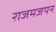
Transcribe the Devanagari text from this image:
राजमजपन